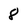
Character: 8